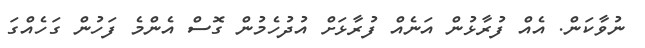
ނުވާކަން. އެއް ފުރާޅުން އަނެއް ފުރާޅަށް އުދުހެމުން ގޮސް އެންމެ ފަހުން ގަހެއްގަ